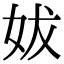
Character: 妭